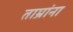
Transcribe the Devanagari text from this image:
ताम्रांना